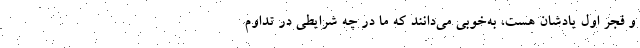
و فجر اول یادشان هست، به‌خوبی می‌دانند که ما در چه شرایطی در تداوم